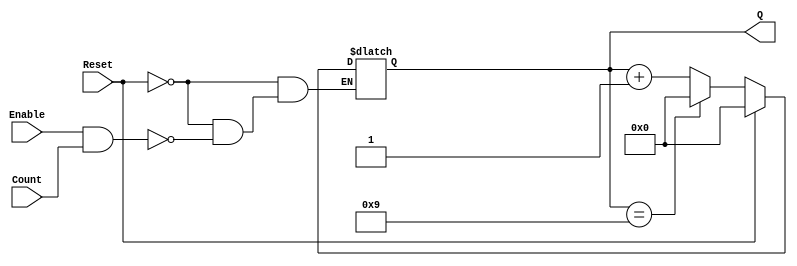
module decade_counter (
    input wire Reset,       // Asynchronous reset signal (active high)
    input wire Enable,      // Enable signal to allow counting
    input wire Count,       // External input signal for counting (e.g., button press)
    output reg [3:0] Q      // 4-bit output representing the current count
);

// Asynchronous reset and counting logic
always @(*) begin
    if (Reset) begin
        Q = 4'b0000; // Reset the counter to 0
    end else if (Enable && Count) begin
        if (Q == 4'b1001) begin
            Q = 4'b0000; // Reset to 0 after reaching 9
        end else begin
            Q = Q + 1; // Increment the counter
        end
    end
end

endmodule